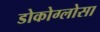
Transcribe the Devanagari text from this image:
डोकोग्लोसा